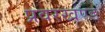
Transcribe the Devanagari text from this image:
प्रवरखण्ड